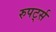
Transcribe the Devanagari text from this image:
रुपर्ट्स